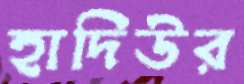
হাদিউর